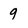
Character: 9